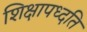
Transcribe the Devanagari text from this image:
शिक्षापध्दति